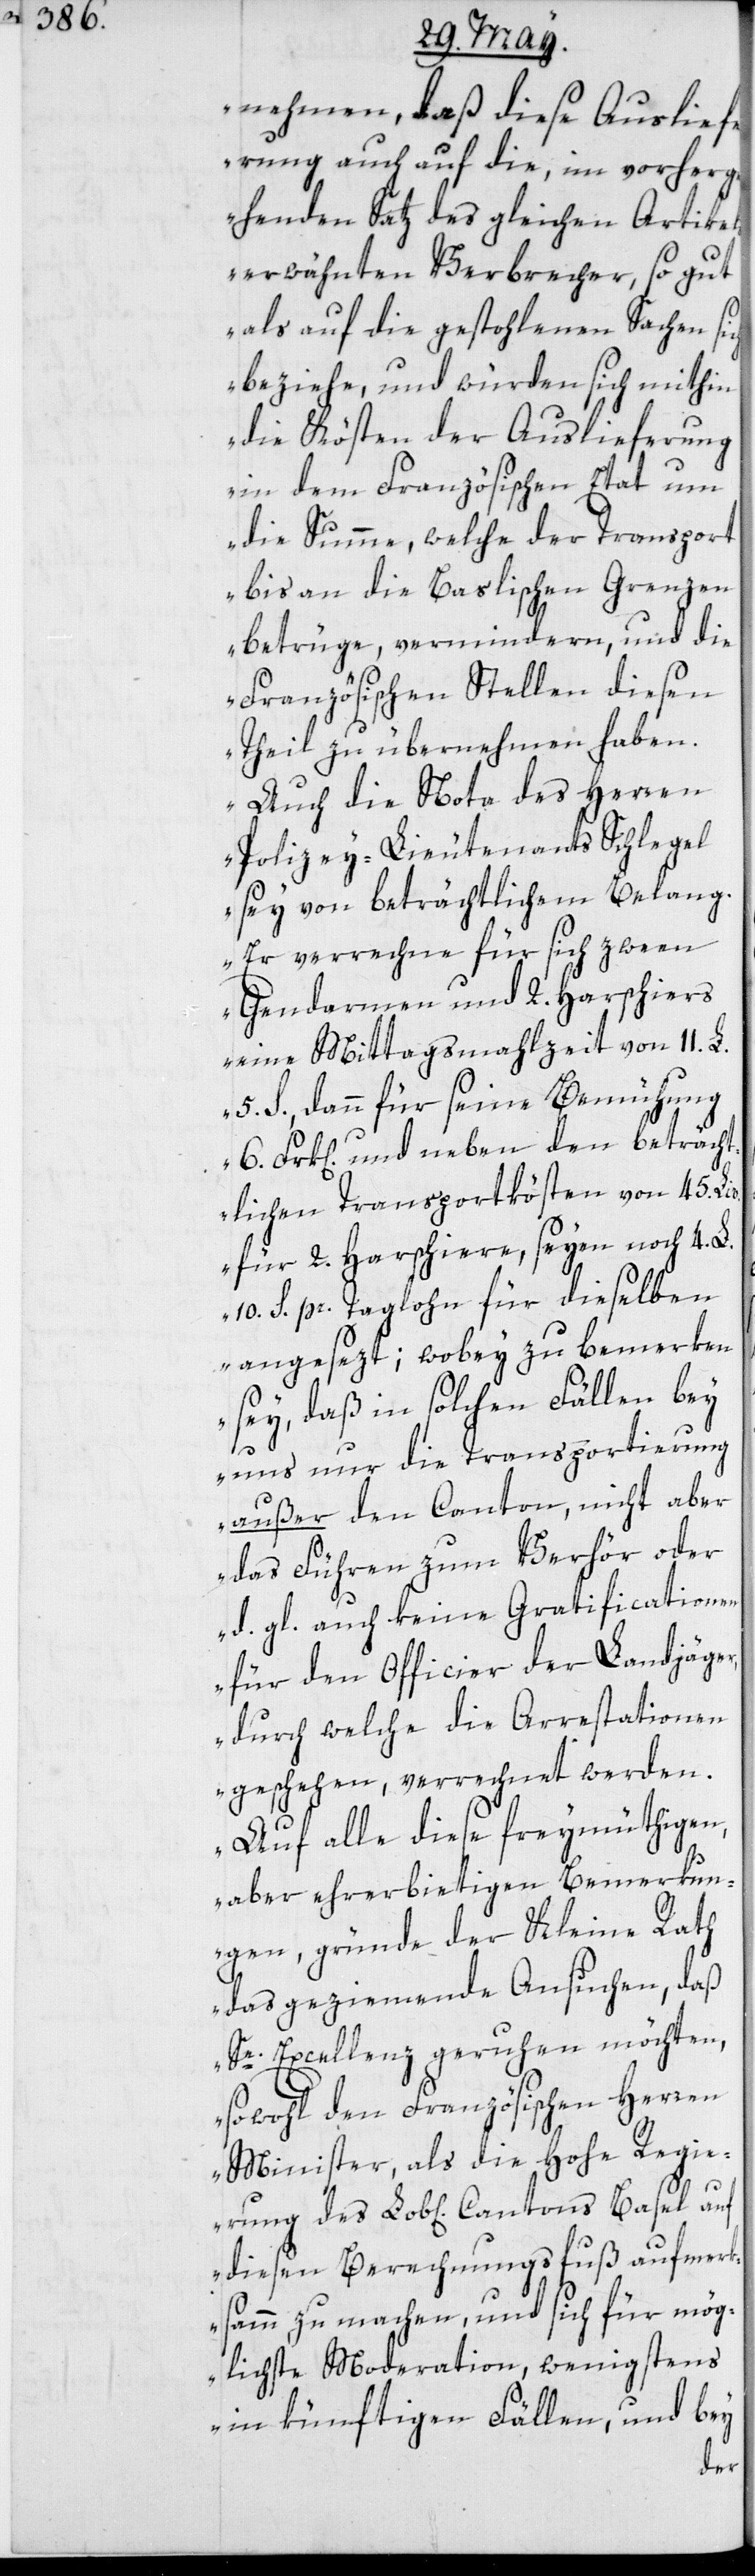
nehmen, daß diese Auslief¬
erung auch auf die, im vorherg¬
ehenden Satz des gleichen Artikels
erwähnten Verbrecher, so gut
als auf die gestohlenen Sachen sich
beziehe, und würden sich mithin
die Kösten der Auslieferung
in dem Französischen Etat um
die Summe, welche der Transport
bis an die Baslischen Grenzen
betrüge, vermindern, und die
Französischen Stellen diesen
Theil zu übernehmen haben.
Auch die Nota des Herren
Polizey-Lieutenants Schlegel
sey von beträchtlichem Belang.
Er verrechne für sich zween
Gendarmen und 2. Harschiers
eine Mittagsmahlzeit von 11. L.
5. S., dann seine Bemühung
6. Frk[en]. und neben den beträcht¬
lichen Transportkösten von 45. Liv.
für 2 Harschiere, seyen noch 4. L.
10. S. pr. Taglohn für dieselben
angesezt; wobey zu bemerken
sey, daß in solchen Fällen bey
uns nur die Transportierung
außer dem Canton, nicht aber
das Führen zum Verhör oder
d. gl. auch keine Gratificationen
für den Officier der Landjäger,
durch welche die Arrestationen
geschehen, verrechnet werden.
Auf alle diese freymüthigen,
aber ehrerbietigen Bemerkun¬
gen, gründe der Kleine Rath
das geziemende Ansuchen, daß
Se. Excellenz geruhen möchten,
sowohl den Französischen Herren
Minister, als die hohe Regi¬
erung des Lob[lichen] Cantons Basel auf
diesen Berechnungsfuß aufmerk¬
samm zu machen, und sich für mög¬
lichste Moderation, wenigstens
in künftigen Fällen, und bey